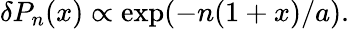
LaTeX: \begin{array}{r}{\delta P_{n}(x)\propto\exp(-n(1+x)/a).}\end{array}